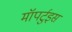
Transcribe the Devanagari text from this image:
मॉपर्टुइस